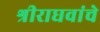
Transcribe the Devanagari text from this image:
श्रीराघवांचे